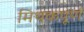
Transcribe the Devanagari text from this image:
मिथकपूर्ण